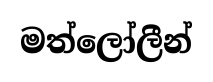
මත්ලෝලීන්